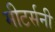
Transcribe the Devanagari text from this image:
मीटर्सनी